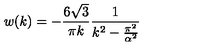
w ( k ) = - \frac { 6 \sqrt { 3 } } { \pi k } \frac { 1 } { k ^ { 2 } - \frac { \pi ^ { 2 } } { \alpha ^ { 2 } } }